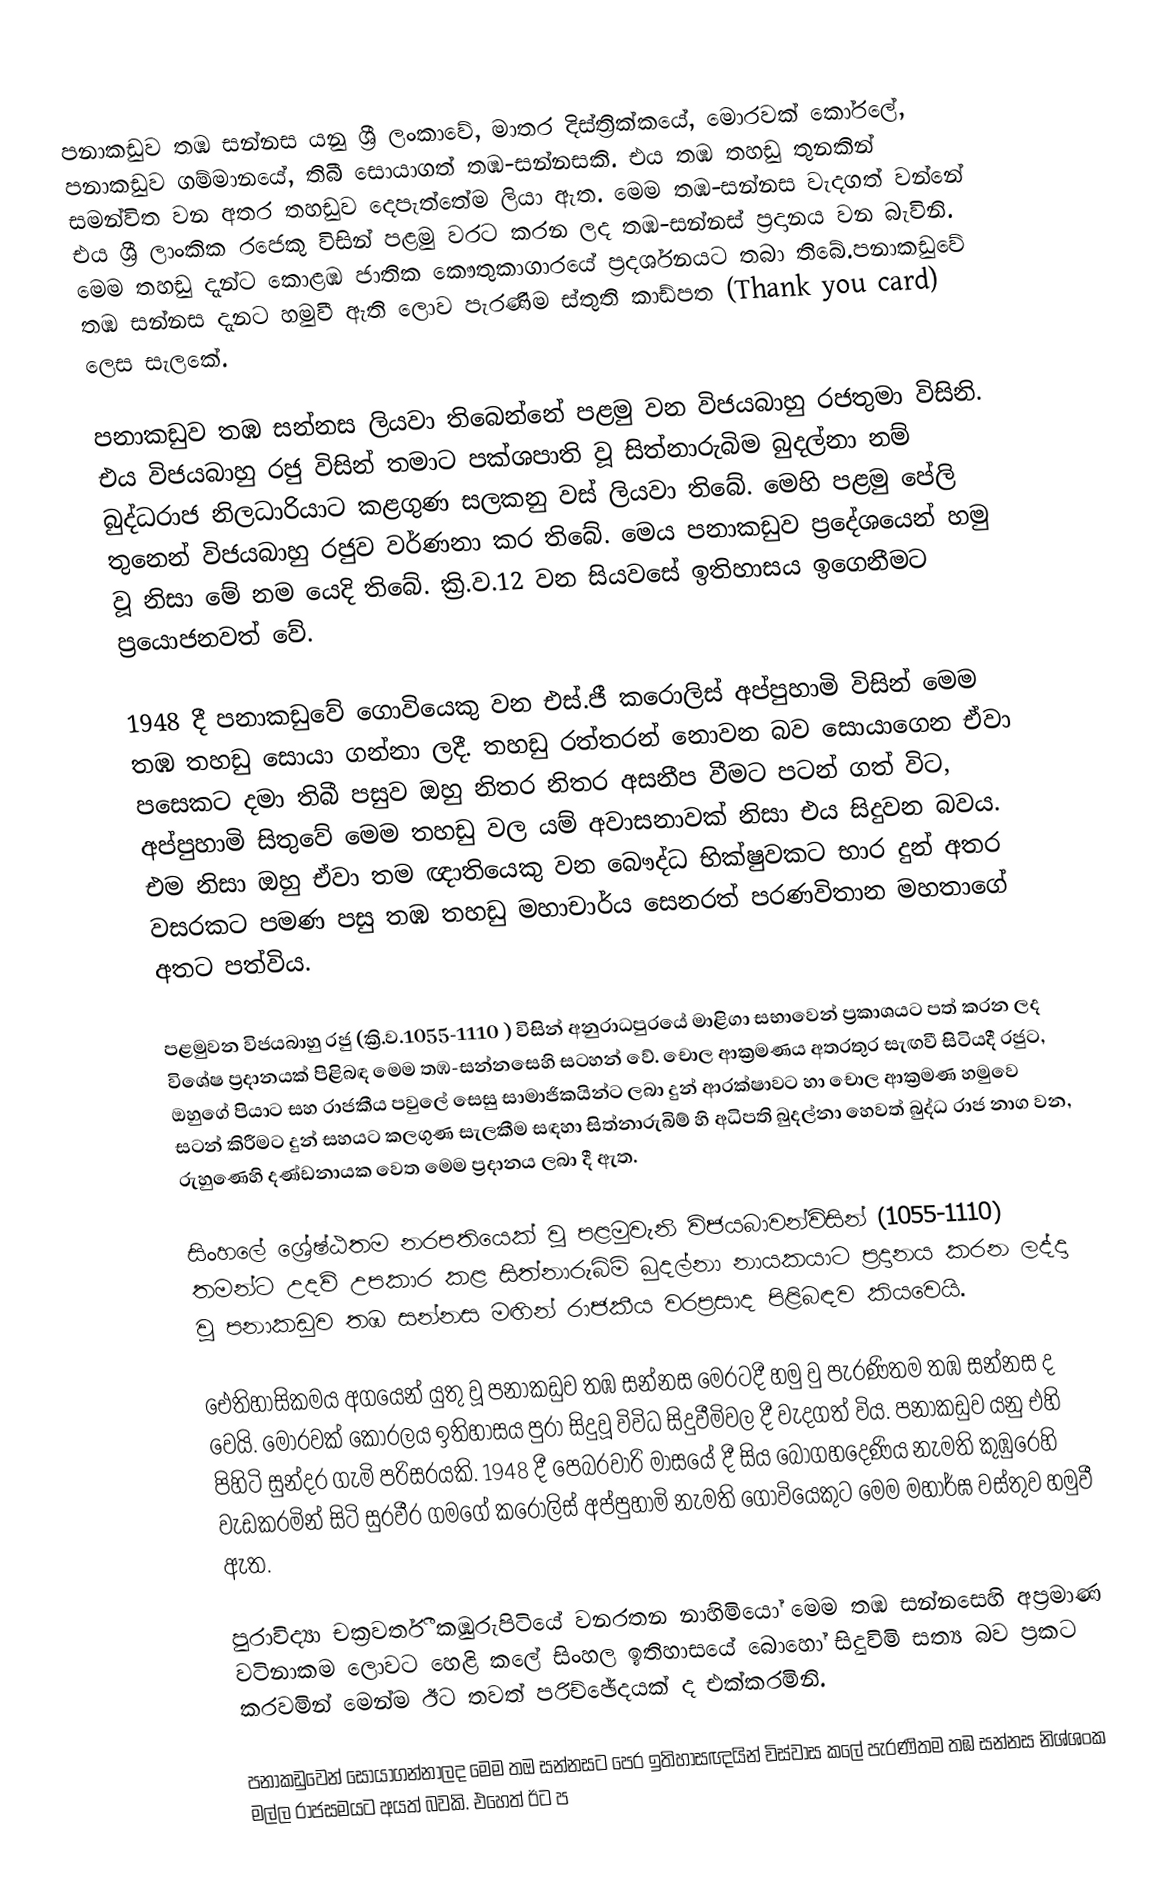
පනාකඩුව තඹ සන්නස යනු ශ්‍රී ලංකාවේ, මාතර දිස්ත්‍රික්කයේ, මොරවක් කෝරලේ, පනාකඩුව ගම්මානයේ, තිබී සොයාගත් තඹ-සන්නසකි. එය තඹ තහඩු තුනකින් සමන්විත වන අතර තහඩුව දෙපැත්තේම ලියා ඇත. මෙම තඹ-සන්නස වැදගත් වන්නේ එය ශ්‍රී ලාංකික රජෙකු විසින් පළමු වරට කරන ලද තඹ-සන්නස් ප්‍රදානය වන බැවිනි. මෙම තහඩු දැන්ට කොළඹ ජාතික කෞතුකාගාරයේ ප්‍රදර්ශනයට තබා තිබේ.පනාකඩුවේ තඹ සන්නස දැනට හමුවී ඇති ලොව පැරණිම ස්තුති කාඩ්පත (Thank you card) ලෙස සැලකේ.

පනාකඩුව තඹ සන්නස ලියවා තිබෙන්නේ පළමු වන විජයබාහු රජතුමා විසිනි. එය විජයබාහු රජු විසින් තමාට පක්ශපාති වූ සිත්නාරුබිම බුදල්නා නම් බුද්ධරාජ නිලධාරියාට කළගුණ  සලකනු වස් ලියවා තිබේ. මෙහි පළමු පේලි තුනෙන් විජයබාහු රජුව වර්ණනා කර තිබේ. මෙය පනාකඩුව ප්‍රදේශයෙන් හමු වූ නිසා මේ නම යෙදි තිබේ. ක්‍රි.ව.12 වන සියවසේ ඉතිහාසය ඉගෙනීමට ප්‍රයොජනවත් වේ.

1948 දී පනාකඩුවේ ගොවියෙකු වන එස්.ජී කරොලිස් අප්පුහාමි විසින් මෙම තඹ තහඩු  සොයා ගන්නා ලදී. තහඩු රත්තරන් නොවන බව සොයාගෙන ඒවා පසෙකට දමා තිබී පසුව ඔහු නිතර නිතර අසනීප වීමට පටන් ගත් විට, අප්පුහාමි සිතුවේ මෙම තහඩු වල යම් අවාසනාවක් නිසා එය සිදුවන බවය. එම නිසා ඔහු ඒවා තම ඥාතියෙකු වන බෞද්ධ භික්ෂුවකට භාර දුන් අතර වසරකට පමණ පසු තඹ තහඩු මහාචාර්ය සෙනරත් පරණවිතාන මහතාගේ අතට පත්විය.

පළමුවන විජයබාහු රජු (ක්‍රි.ව.1055-1110 ) විසින් අනුරාධපුරයේ මාළිගා සභාවෙන් ප්‍රකාශයට පත් කරන ලද විශේෂ ප්‍රදානයක් පිළිබඳ මෙම තඹ-සන්නසෙහි සටහන් වේ. චොල ආක්‍රමණය අතරතුර සැඟවී සිටියදී රජුට, ඔහුගේ පියාට සහ රාජකීය පවුලේ සෙසු සාමාජිකයින්ට ලබා දුන් ආරක්ෂාවට හා චොල ආක්‍රමණ හමුවෙ සටන් කිරීමට දුන් සහයට කලගුණ සැලකීම සඳහා සිත්නාරුබිම් හි අධිපති බුදල්නා හෙවත් බුද්ධ රාජ නාග වන, රුහුණෙහි දණ්ඩනායක වෙත මෙම ප්‍රදානය ලබා දී ඇත.

සිංහ‍ලේ ‍‍ශ්‍රේෂ්ඨතම නරපතියෙක් වූ පළමුවැනි විජයබාවන්විසින් (1055-1110) තමන්ට උදව් උපකාර කළ සිත්නාරුබිම් බුදල්නා නායකයාට ප්‍රදානය කරන ලද්දා වූ පනාකඩුව තඹ සන්නස මඟින් රාජකීය වරප්‍රසාද පිළිබඳව කියවෙයි.

ඓතිහාසිකමය අගයෙන් යුතු වූ පනාකඩුව තඹ සන්නස මෙරටදී හමු වු පැරණිතම තඹ සන්නස ද වෙයි. මොරවක් කෝරලය ඉතිහාසය පුරා සිදුවූ විවිධ සිදුවීමිවල දී වැදගත් විය. පනාකඩුව යනු එහි පිහිටි සුන්දර ගැමි පරිසරයකි. 1948 දී පෙබරවාරි මාසයේ දී සිය බෝගහදෙණිය නැමති කුඹුරෙහි වැඩකරමින් සිටි සුරවීර ගමගේ කරෝලිස් අප්පුහාමි නැමති ‍ගොවියෙකුට මෙම මහාර්ඝ වස්තුව හමුවී ඇත.

පුරාවිද්‍යා චක්‍රවර්තී කඹුරුපිටියේ වනරතන නාහිමියෝ මෙම තඹ සන්නසෙහි අප්‍රමාණ වටිනාකම ලොවට හෙළි ක‍ලේ සිංහල ඉතිහාසයේ බොහෝ සිදුවිමි සත්‍ය බව ප්‍රකට කරවමින් මෙන්ම ඊට තවත් පරිච්ඡේදයක් ද එක්කරමිනි.

පනාකඩුවෙන් සොයාගන්නාලද මෙම තඔ සන්නසට පෙර ඉතිහාසඥයින් විස්වාස කලේ පැරණිතම තඹ සන්නස නිශ්ශංක මල්ල රාජසමයට අයත් බවකි. එ‍හෙත් ඊට ප